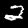
Digit: 2